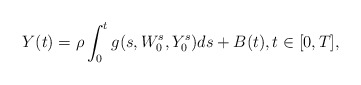
\begin{align*}Y(t) = \rho\int_0^t g(s, W_0^s, Y_0^s) ds+B(t),t \in[0, T],\end{align*}